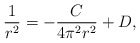
\begin{align*}\frac{1}{r^2} = -\frac{C}{4\pi^2 r^2} + D,\end{align*}